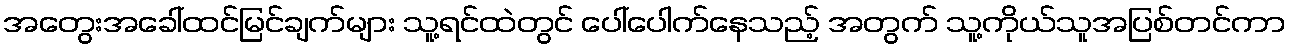
အတွေးအခေါ်ထင်မြင်ချက်များ သူ့ရင်ထဲတွင် ပေါ်ပေါက်နေသည့် အတွက် သူ့ကိုယ်သူအပြစ်တင်ကာ